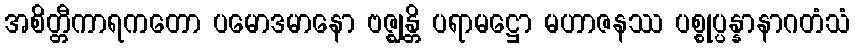
အစိတ္တီကာရကတော ပမောဒမာနော ဗဇ္ဈန္တိ ပရာမဋ္ဌော မဟာဇနဿ ပစ္စုပ္ပန္နာနာဂတံသံ